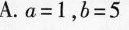
A.a=1，b=5